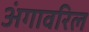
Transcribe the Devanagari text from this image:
अंगावरिल